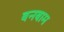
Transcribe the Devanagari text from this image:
बनबाम